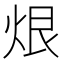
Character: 𮳨